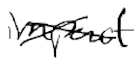
Text: impact
Cross-out: cross
Writing tool: digital_black